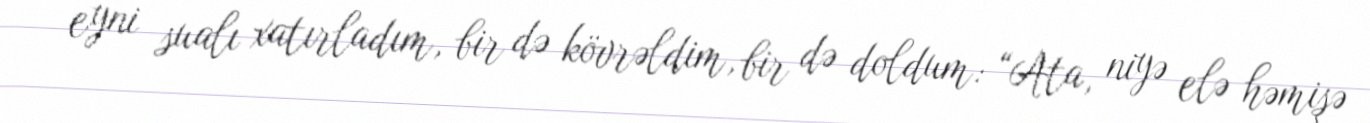
eyni sualı xatırladım, bir də kövrəldim, bir də doldum: “Ata, niyə elə həmişə